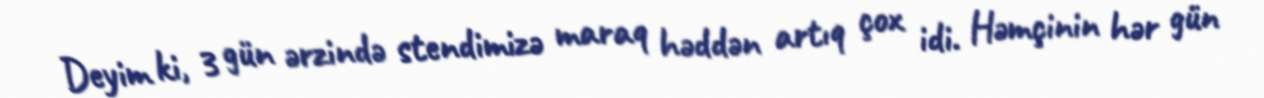
Deyim ki, 3 gün ərzində stendimizə maraq həddən artıq çox idi. Həmçinin hər gün